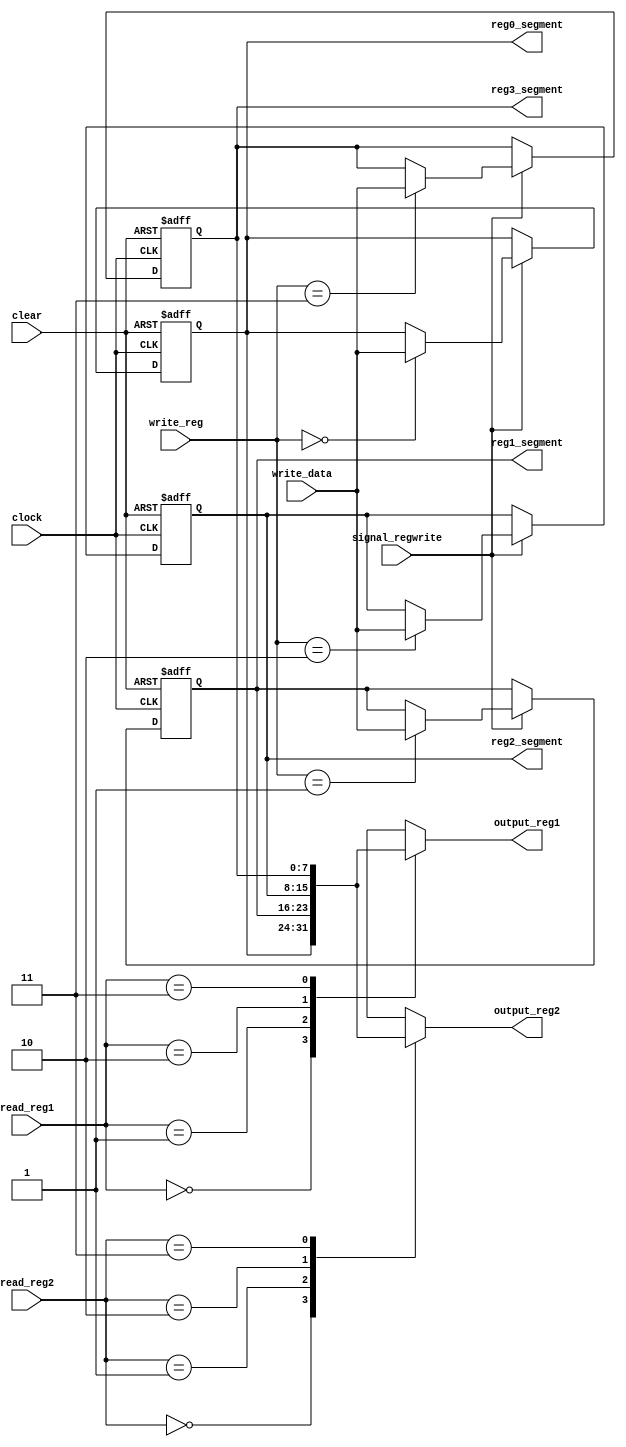
`timescale 1ns / 1ps

module register_file(
    input [1:0] read_reg1,
    input [1:0] read_reg2,
    input [1:0] write_reg,
    input [7:0] write_data,
    input signal_regwrite,
    input clock,
    input clear,
    output [7:0] output_reg1,
    output [7:0] output_reg2,
    output [7:0] reg0_segment,
    output [7:0] reg1_segment,
    output [7:0] reg2_segment,
    output [7:0] reg3_segment
    );

    // total four registers
    reg [7:0] register [0:3];

    // initalize to 0
    initial begin
        register[0] <= 8'b0;
        register[1] <= 8'b0;
        register[2] <= 8'b0;
        register[3] <= 8'b0;
    end

    // SHOULD BE wire (only read)
    assign output_reg1 = register[read_reg1];
    assign output_reg2 = register[read_reg2];

    // for showing register value to seven segments
    assign reg0_segment = register[0];
    assign reg1_segment = register[1];
    assign reg2_segment = register[2];
    assign reg3_segment = register[3];

    // main loop
    always @(posedge clock or posedge clear) begin
        if (clear) begin
            register[0] <= 8'b0;
            register[1] <= 8'b0;
            register[2] <= 8'b0;
            register[3] <= 8'b0;
        end
        else begin
            if (signal_regwrite) begin
                register[write_reg] <= write_data;
            end
        end
    end

endmodule